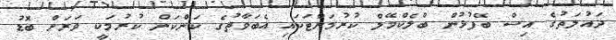
ދައުލަތުގެ އިސް ބޭފުޅުން ބްލެކްމޭލް ކުރުމަށްޓަކައި އެބަވާތުގެ ކަންކަން ކުރުމަކީ ވަރަށް ބޮޑު